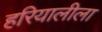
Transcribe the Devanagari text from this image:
हरियालीला